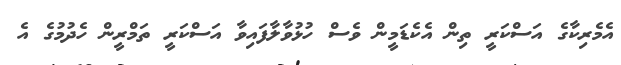
އެމެރިކާގެ އަސްކަރީ ތިން އެކެޑަމީން ވެސް ހުޅުވާލާފައިވާ އަސްކަރީ ތަމްރީން ހެދުމުގެ އެ